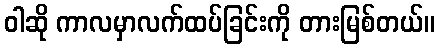
ဝါဆို ကာလမှာလက်ထပ်ခြင်းကို တားမြစ်တယ်။